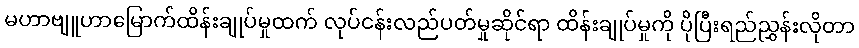
မဟာဗျူဟာမြောက်ထိန်းချုပ်မှုထက် လုပ်ငန်းလည်ပတ်မှုဆိုင်ရာ ထိန်းချုပ်မှုကို ပိုပြီးရည်ညွှန်းလိုတာ